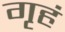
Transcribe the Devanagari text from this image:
गृहं